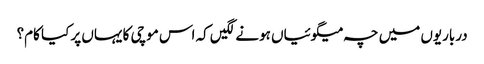
درباریوں میں چہ میگوئیاں ہونے لگیں کہ اس موچی کا یہاں پر کیا کام؟